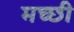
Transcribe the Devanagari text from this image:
मच्छी